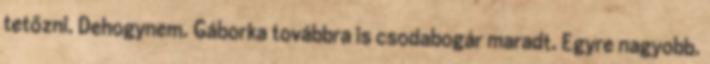
tetőzni. Dehogynem. Gáborka továbbra is csodabogár maradt. Egyre nagyobb.